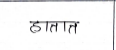
मजकूर: हातात